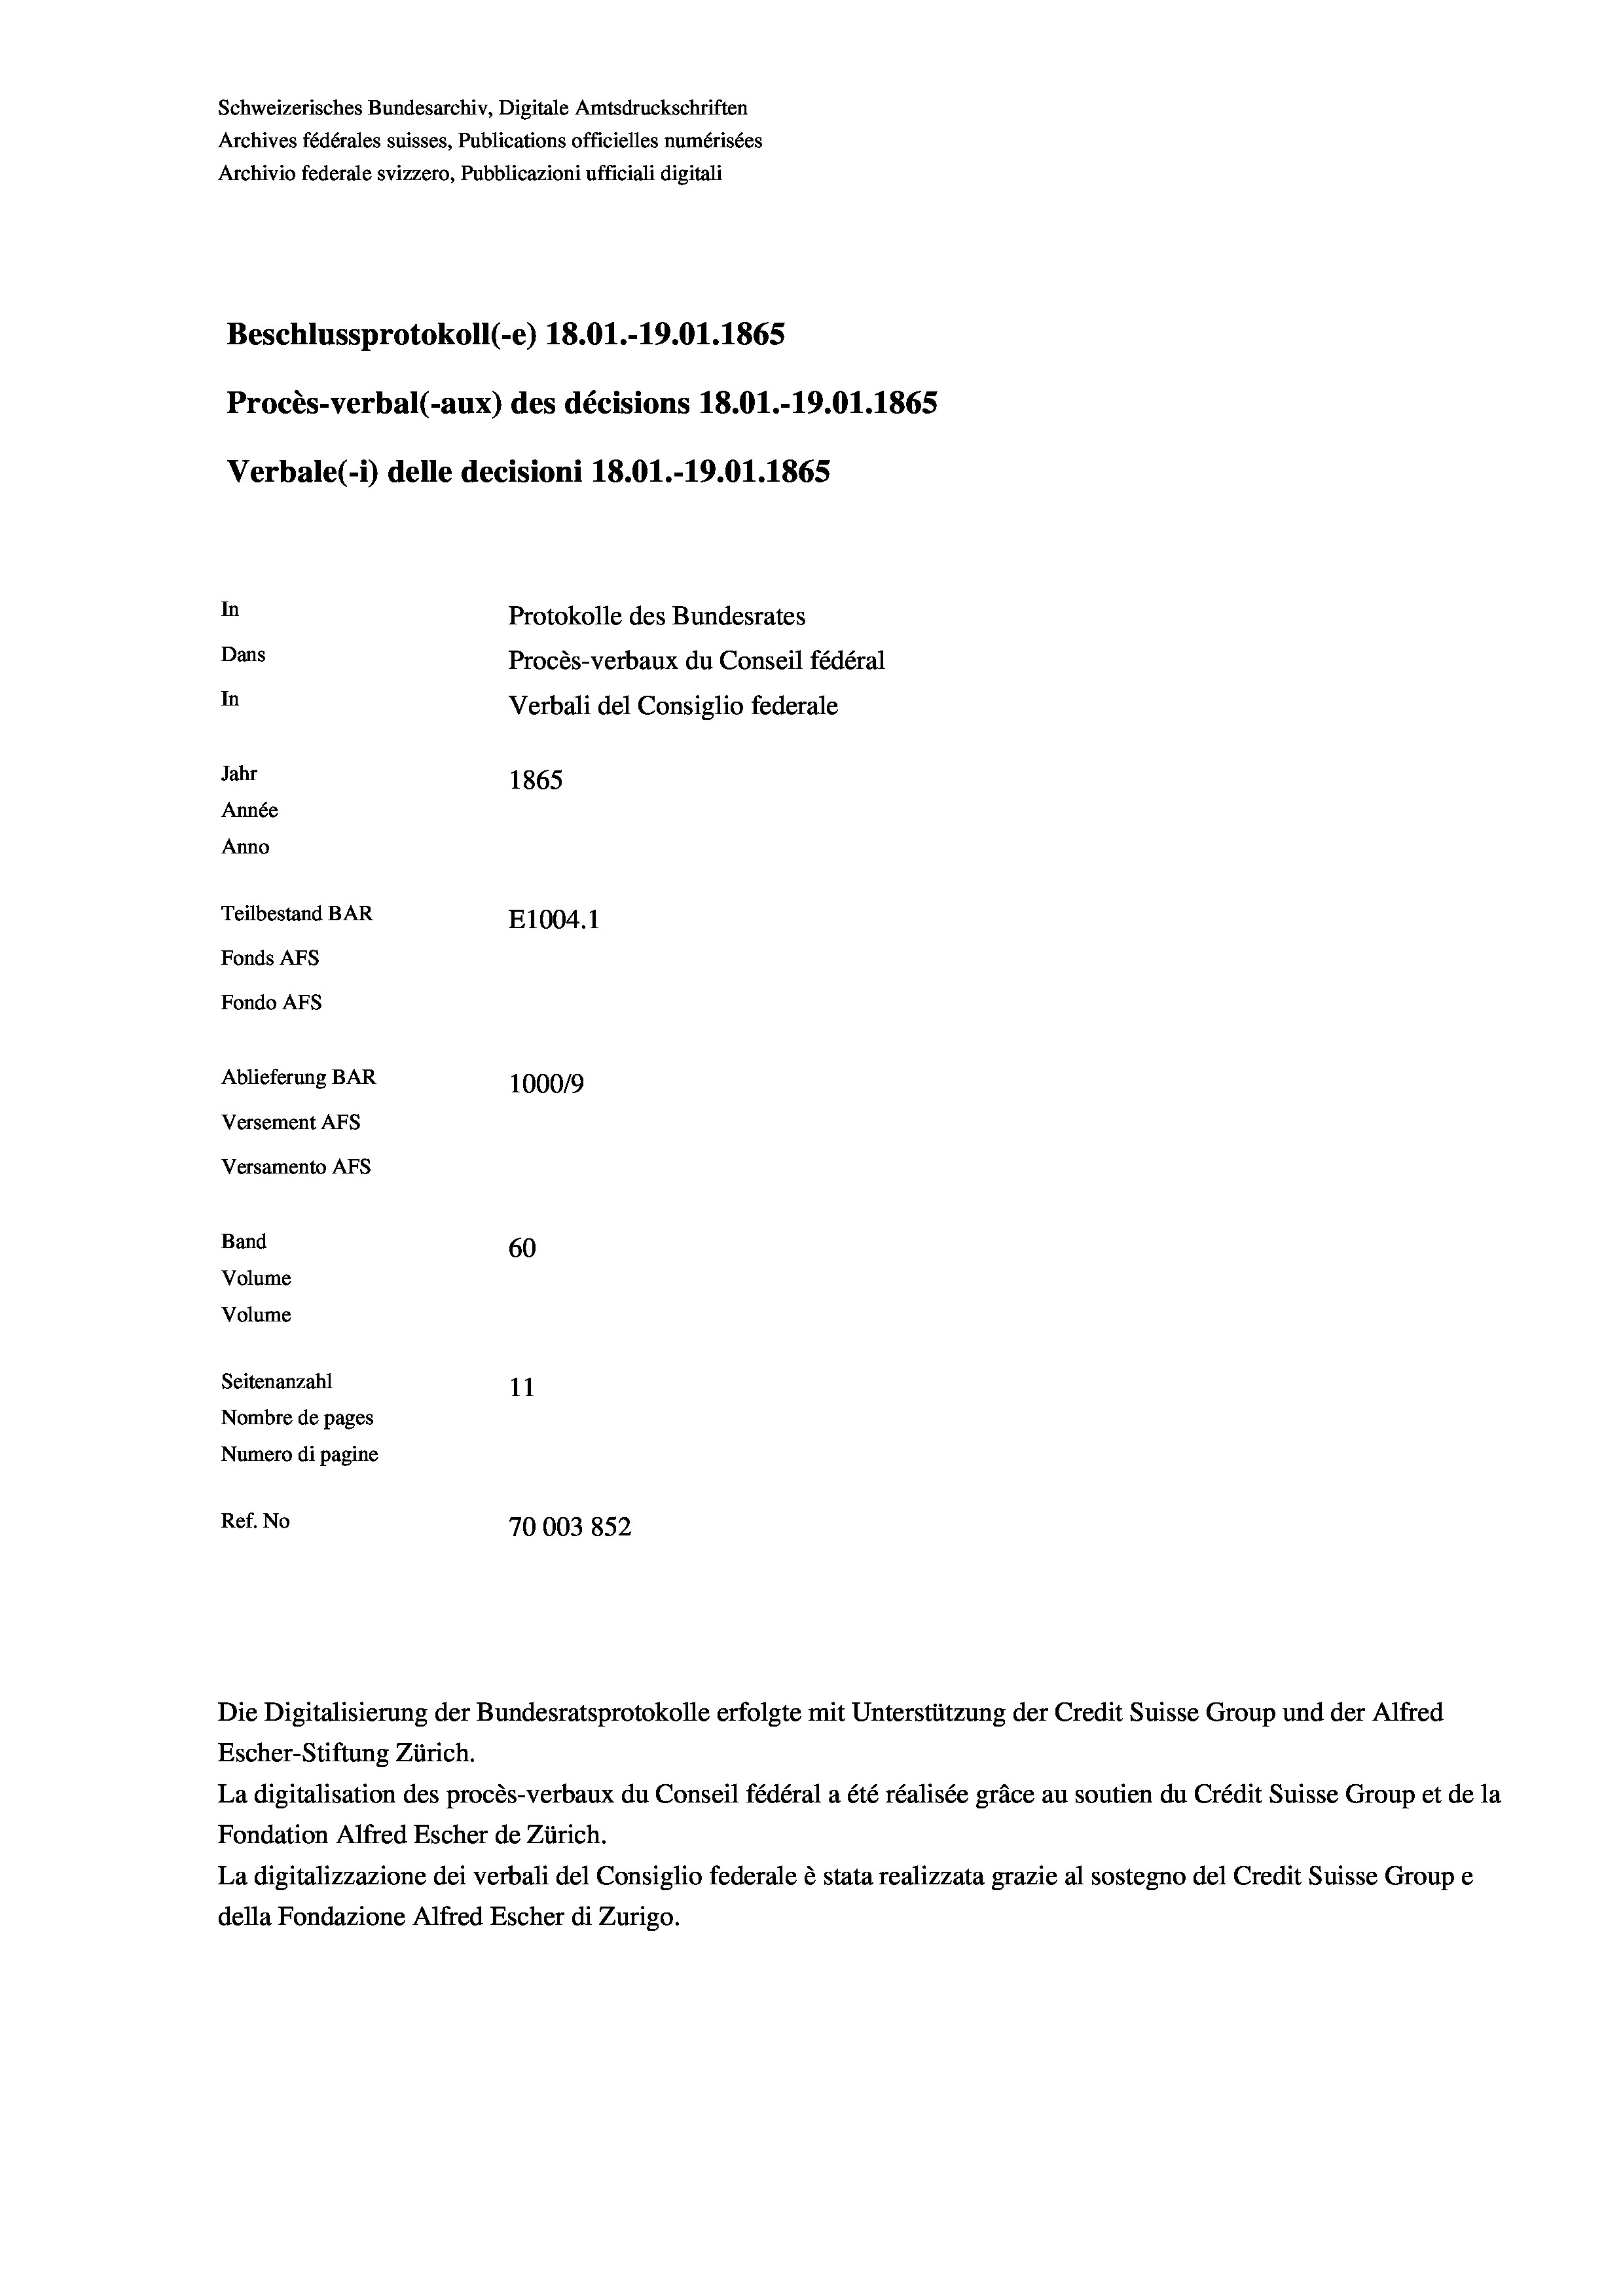
Schweizerisches Bundesarchiv, Digitale Amtsdruckschriften
Archives fédérales suisses, Publications officielles numérisées
Archivio federale svizzero, Pubblicazioni ufficiali digitali
Beschlussprotokoll (-e) 18.01.-19.01.1865
Procès-verbal (-aux) des décisions 18.01.-19.01. 1865
Verbale(*) delle decisioni 18.01.-19.01. 1865
In
Protokolle des Bundesrates
Dans
Procès-verbaux du Conseil fédéral
In
Verbali del Consiglio federale
Jahr
1865
Année
Anno
Teilbestand BAR
E1004.1
Fonds AFs
Fondo AFS
Ablieferung BAR
100019
Versement AFs
Versamento AFs

60
11
Nombre de pages
Numero di pagine
Ref. No
70003852

Band
Volume

Volume
Seitenanzahl

Escher-Stiftung Zürich.
La digitalisation des procès-verbaux du Conseil fédéral a été réalisée gräce au soutien du Crédit Suisse Group et de la
Fondation Alfred Escher de Zürich.
La digitalizzazione dei verbali del Consiglio federale è stata realizzata grazie al sostegno del Credit Suisse Groupe
della Fondazione Alfred Escher di Zurigo.

Die Digitalisierung der Bundesratsprotokolle erfolgte mit Unterstützung der Credit Suisse Group und der Alfred